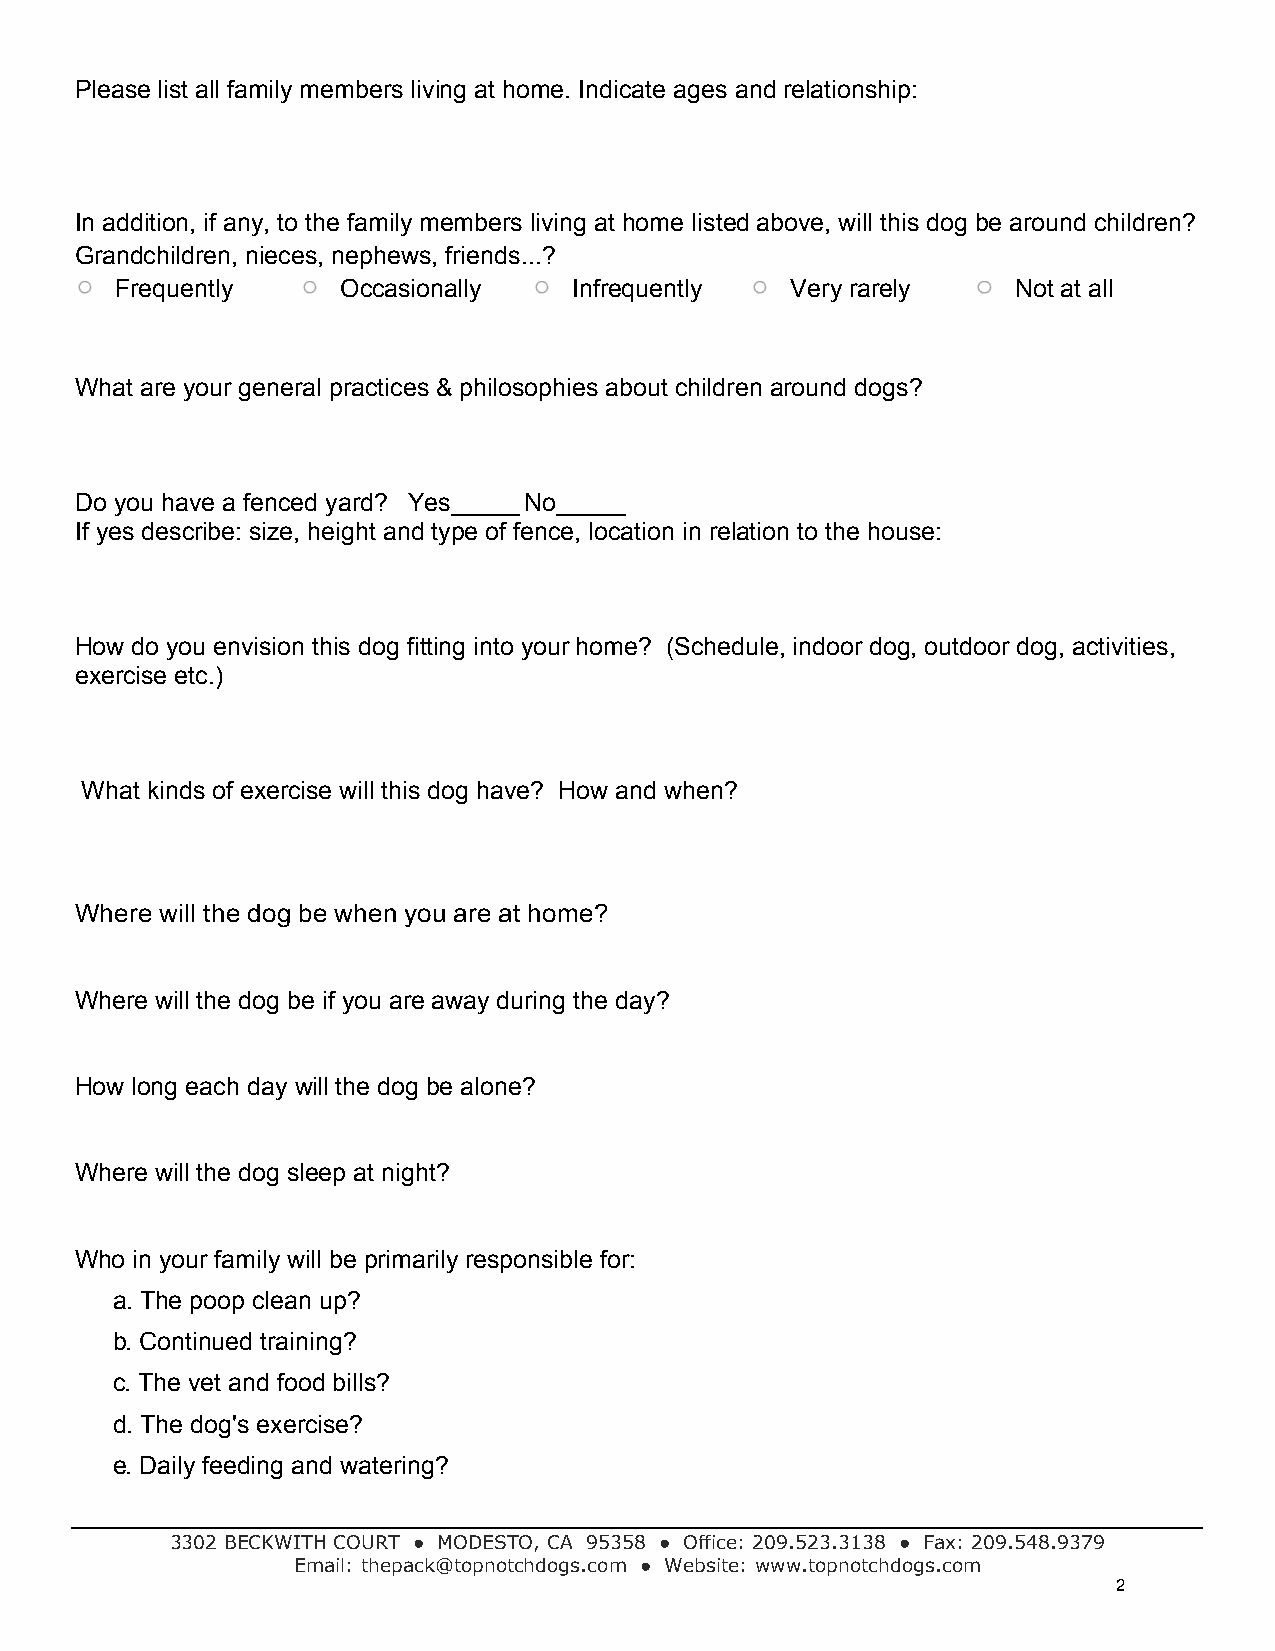
Please list all family members living at home. Indicate ages and relationship:
 In addition, if any, to the family members living at home listed above, will this dog be around children?
 Grandchildren, nieces, nephews, friends...?
 Frequently     Occasionally   Infrequently  Very rarely    Not at all
 What are your general practices & philosophies about children around dogs?
 Do you have a fenced yard? Yes_____ No_____
 If yes describe: size, height and type of fence, location in relation to the house:
 How do you envision this dog fitting into your home? (Schedule, indoor dog, outdoor dog, activities,
 exercise etc.)
 What kinds of exercise will this dog have? How and when?
 Where will the dog be when you are at home?
 Where will the dog be if you are away during the day?
 How long each day will the dog be alone?
 Where will the dog sleep at night?
 Who in your family will be primarily responsible for:
 a. The poop clean up?
 b. Continued training?
 c. The vet and food bills?
 d. The dog's exercise?
 e. Daily feeding and watering?
 3302 BECKWITH COURT ● MODESTO, CA 95358 ● Office: 209.523.3138 ● Fax: 209.548.9379
 Email: thepack@topnotchdogs.com ● Website: www.topnotchdogs.com
 2